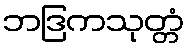
ဘဒြကသုတ္တံ